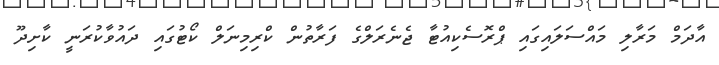
އާދަމް މަރާލި މައްސަލައިގައި ޕްރޮސެކިއުޓާ ޖެނެރަލްގެ ފަރާތުން ކްރިމިނަލް ކޯޓުގައި ދައުވާކުރަނީ ކާށިދޫ